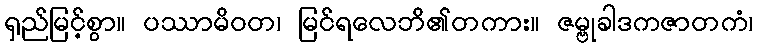
ရှည်မြင့်စွာ။ ပဿာမိဝတ၊ မြင်ရလေဘိ၏တကား။ ဇမ္ဗုခါဒကဇာတကံ၊